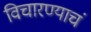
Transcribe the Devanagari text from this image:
विचारण्याचं